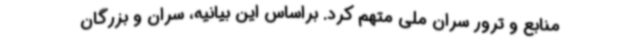
منابع و ترور سران ملی متهم کرد. براساس این بیانیه، سران و بزرگان